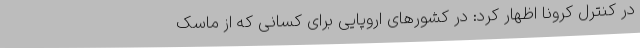
در کنترل کرونا اظهار کرد: در کشورهای اروپایی برای کسانی که از ماسک